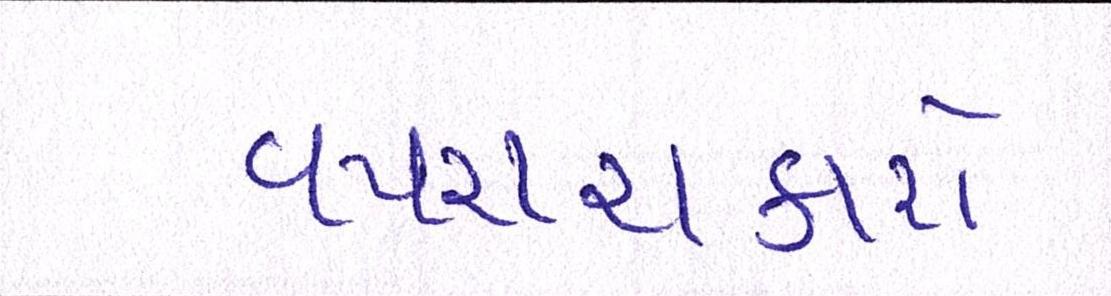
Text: વપરાશકારો